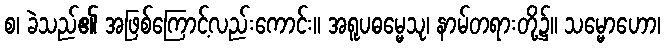
စ၊ ခဲသည်၏ အဖြစ်ကြောင့်လည်းကောင်း။ အရူပဓမ္မေသု၊ နာမ်တရားတို့၌။ သမ္မောဟော၊